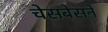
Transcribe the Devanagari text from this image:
चेसबेसने